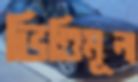
ভিত্তিমূল্য